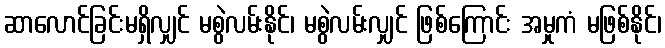
ဆာလောင်ခြင်းမရှိလျှင် မစွဲလမ်းနိုင်၊ မစွဲလမ်းလျှင် ဖြစ်ကြောင်း အမှုကံ မဖြစ်နိုင်၊